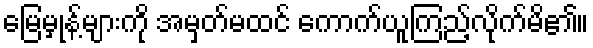
မြေမှုန့်များကို အမှတ်မထင် ကောက်ယူကြည့်လိုက်မိ၏။